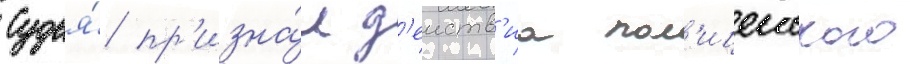
Судья́ пр'изна́л д'еиств'иа пол'ицеиского